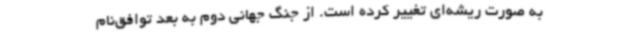
به صورت ریشه‌ای تغییر کرده است. از جنگ جهانی دوم به بعد توافق‌نام